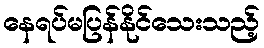
နေရပ်မပြန်နိုင်သေးသည့်